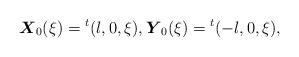
LaTeX: \begin{align*}\mbox{\mathversion{bold}$X$}_{0}(\xi )={}^{t}(l,0,\xi), \mbox{\mathversion{bold}$Y$}_{0}(\xi )={}^{t}(-l,0,\xi ),\end{align*}